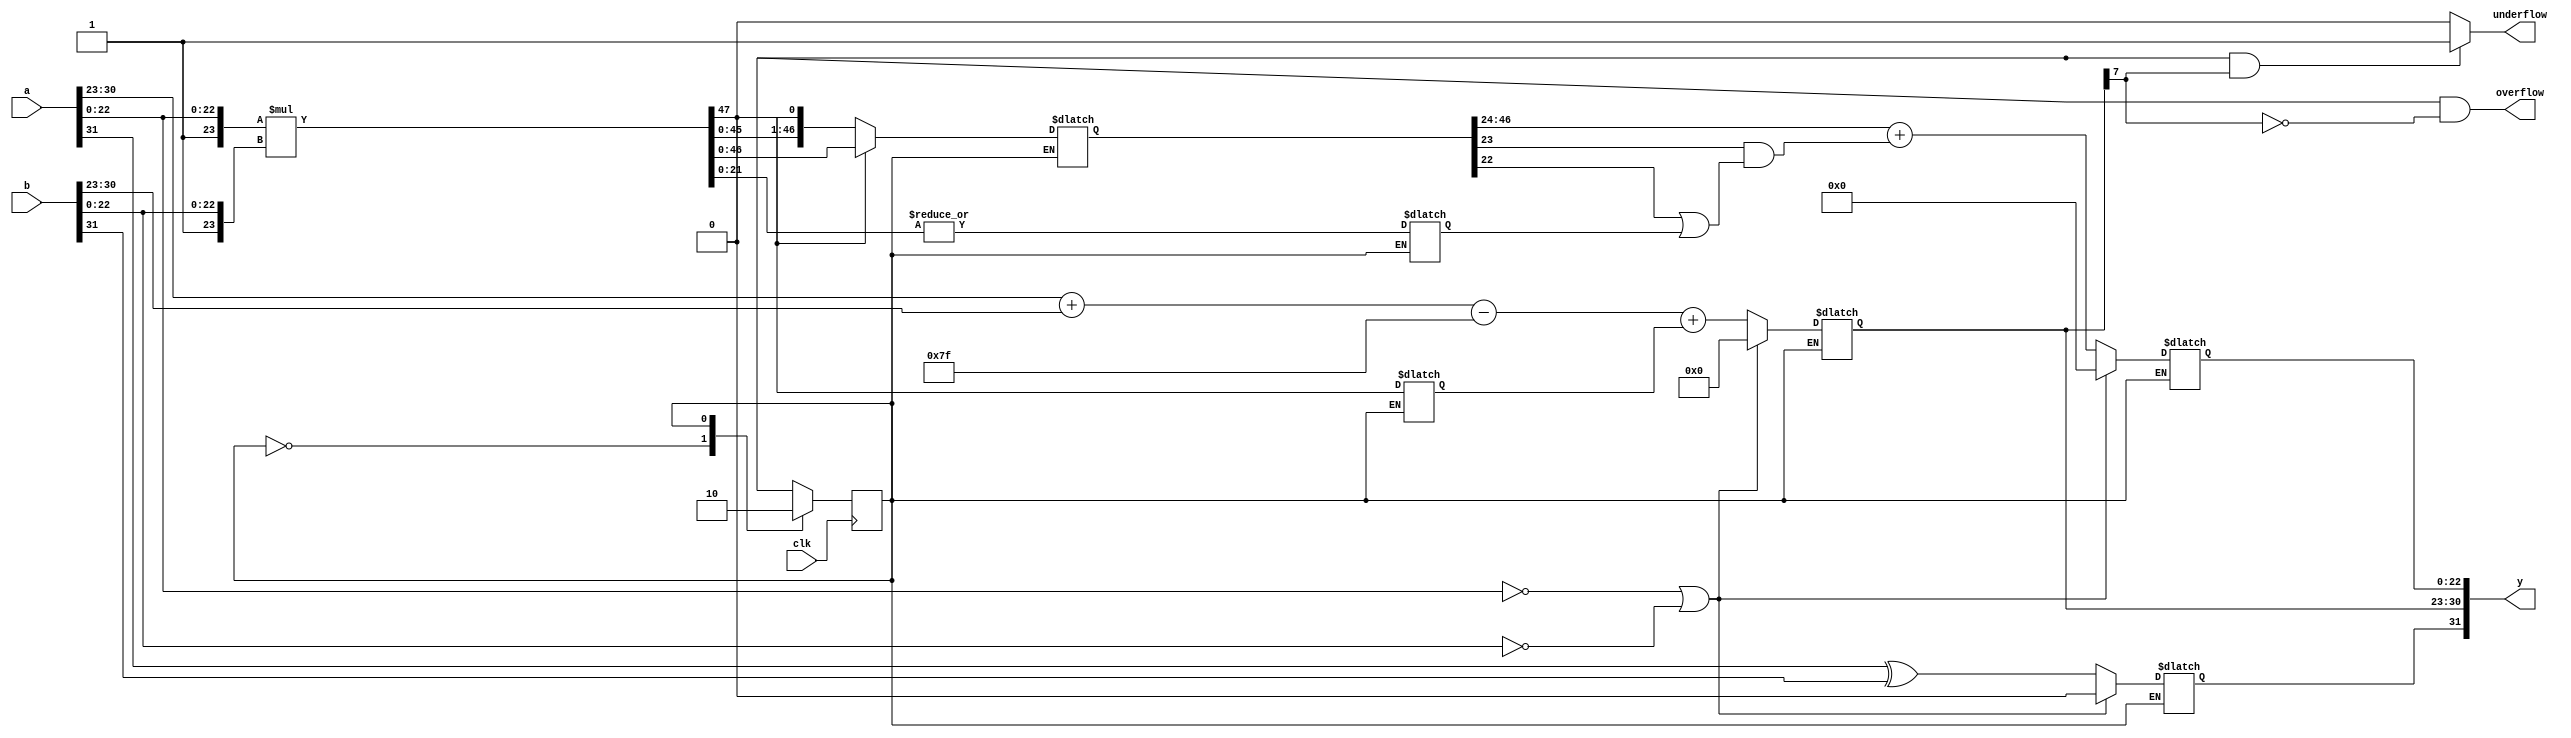
/*   Input and outputs are in single-precision IEEE 754 FP format:
     Sign     -   1 bit, position 32
     Exponent -  8 bits, position 31-24
     Mantissa - 23 bits, position 22-1
Not implemented: special cases like inf, NaN
*/

// indices of components of IEEE 754 FP
`define SIGN   	31
`define EXP    	30:23
`define M    	22:0

`define P    	24    // number of bits for mantissa (including 
`define G    	23    // guard bit index
`define R    	22    // round bit index
`define S    	21:0  // sticky bits range

`define BIAS   	127


module fp_mul(input  wire clk,
			  input  wire[31:0] a,
              input  wire[31:0] b,
              output wire[31:0] y,output underflow,output overflow);

    reg [22:0] m;
    reg [7:0] e;
    reg s;
    
    reg [`P*2-1:0] product;
    reg G;
    reg R;
    reg S;
    reg normalized;

	reg state;
	reg next_state = 0;

	parameter STEP_1 = 1'b0, STEP_2 = 1'b1;


	always @(posedge clk) begin
		state <= next_state;
	end


	always @(state) begin

		case(state)
			STEP_1: begin
				// mantissa is product of a and b's mantissas, 
				// with a 1 added as the MSB to each
				product = {1'b1, a[`M]} * {1'b1, b[`M]};

				// get sticky bits by ORing together all bits right of R
				S = |product[`S]; 

				// if the MSB of the resulting product is 0
				// normalize by shifting right    
				normalized = product[47];
				if(!normalized) product = product << 1; 

				next_state = STEP_2;			
				end	

			STEP_2: begin
				// if either mantissa is 0, result is 0 
				if(!a[`M] | !b[`M]) begin 
					s = 0; e = 0; m = 0;
				end else begin
					// sign is xor of signs
					s = a[`SIGN] ^ b[`SIGN];

					// mantissa is upper 22-bits of product w/ nearest-even rounding
					m = product[46:24] + (product[`G] & (product[`R] | S));

					// exponent is sum of a and b's exponents, minus the bias 
					// if the mantissa was shifted, increment the exponent to balance it
					e = a[`EXP] + b[`EXP] - `BIAS + normalized;
				end 

				next_state = STEP_1;
				end
		endcase
	end
	
	//if sum of exponent is greater than 255 then overflow condition takes place  
   assign underflow=(e[8]&e[7]&!0)?1'b1:1'b0;
	
	//if sum of exponent is less than 127 then underflow condition takes place 
	assign overflow=(e[8]&!e[7]&!0);
	
	// output is concatenation of sign, exponent, and mantissa	
	assign y = {s, e, m};
endmodule